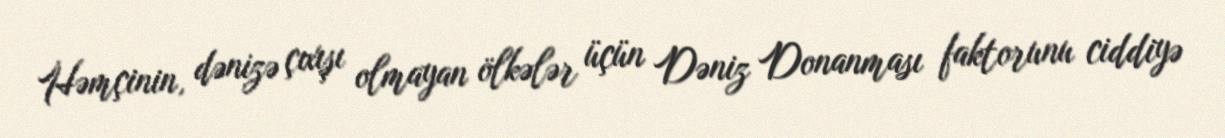
Həmçinin, dənizə çıxışı olmayan ölkələr üçün Dəniz Donanması faktorunu ciddiyə